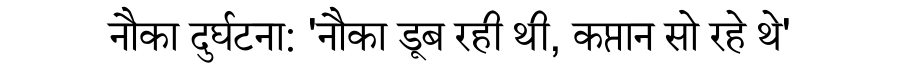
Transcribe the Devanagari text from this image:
नौका दुर्घटना: 'नौका डूब रही थी, कप्तान सो रहे थे'